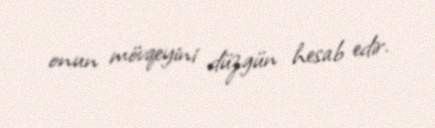
onun mövqeyini düzgün hesab edir.